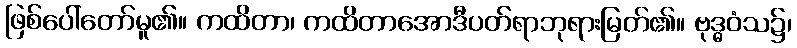
ဖြစ်ပေါ်တော်မူ၏။ ကထိတာ၊ ကထိတာအောဒီပတ်ရာဘုရားမြတ်၏။ ဗုဒ္ဓဝံသ၌၊